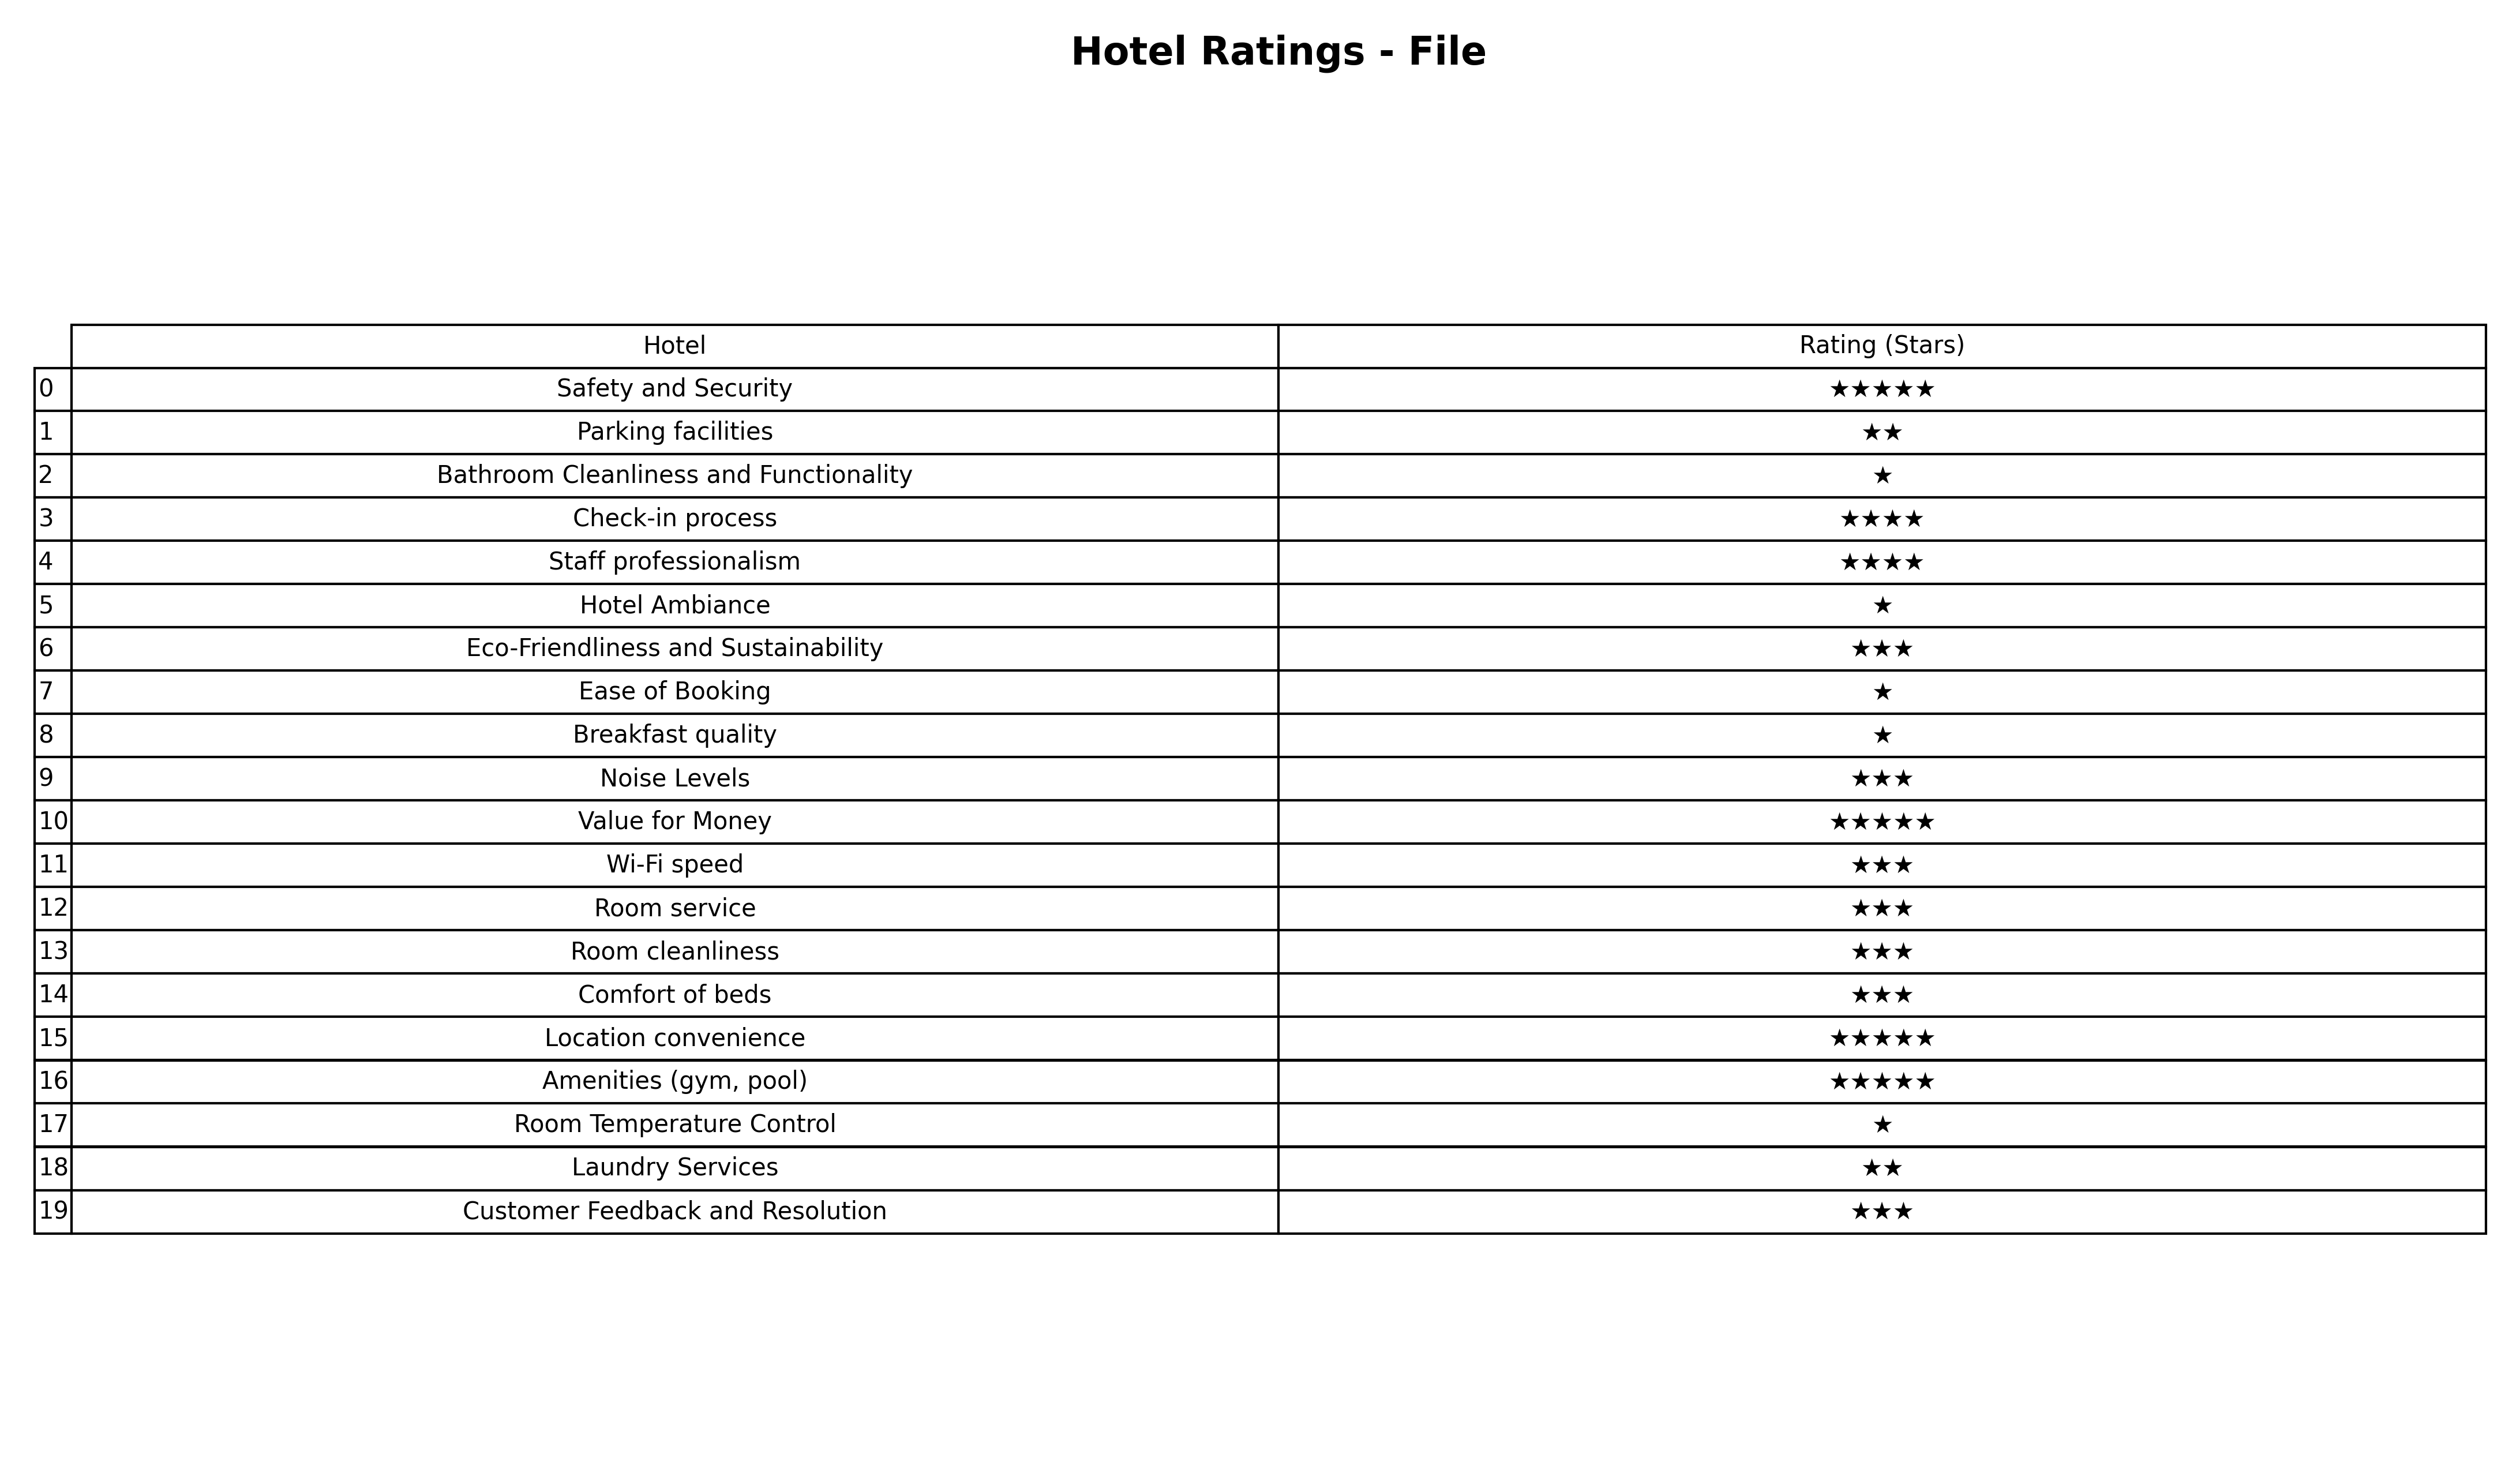
question: What are three star services?
answer: Eco-Friendliness and SustainabilityNoise LevelsWi-Fi speedRoom serviceRoom cleanlinessComfort of bedsCustomer Feedback and Resolution